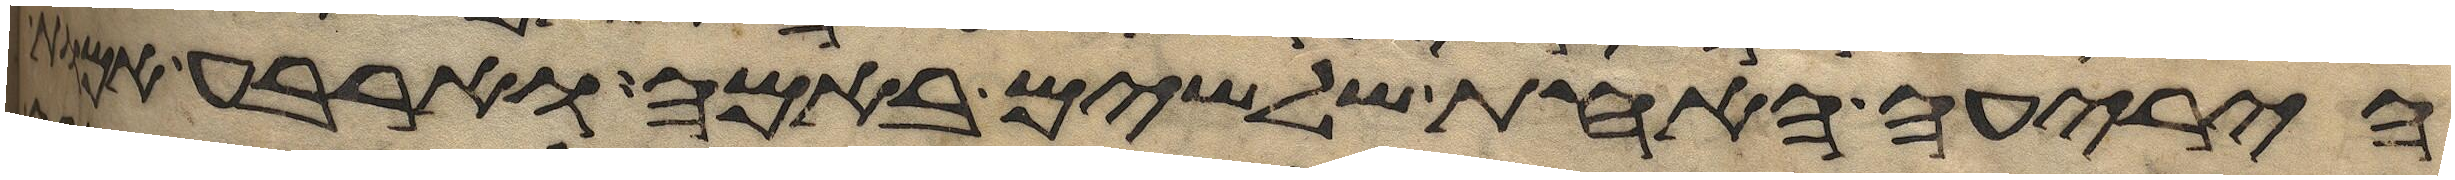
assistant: היריעה האחת שלשים באמה וארבע